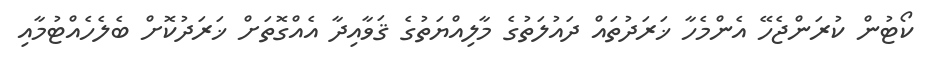
ކޯޓުން ކުރަންޖެހޭ އެންމެހާ ޚަރަދުތައް ދައުލަތުގެ މާލިއްޔަތުގެ ޤަވާއިދާ އެއްގޮތަށް ޚަރަދުކޮށް ބެލެހެއްޓުމާއި